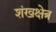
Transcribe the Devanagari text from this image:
शंखक्षेत्र